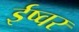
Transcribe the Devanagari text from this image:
ईष्वर